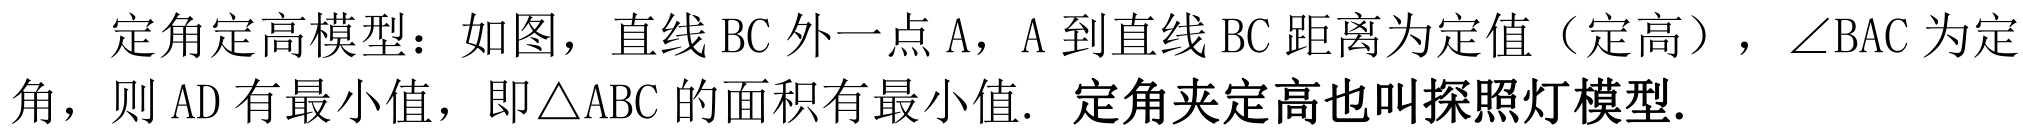
定角定高模型：如图，直线BC外一点A，A到直线BC距离为定值（定高），$\angle$BAC为定角，则AD有最小值，即$\triangle$ABC的面积有最小值. 定角夹定高也叫探照灯模型.